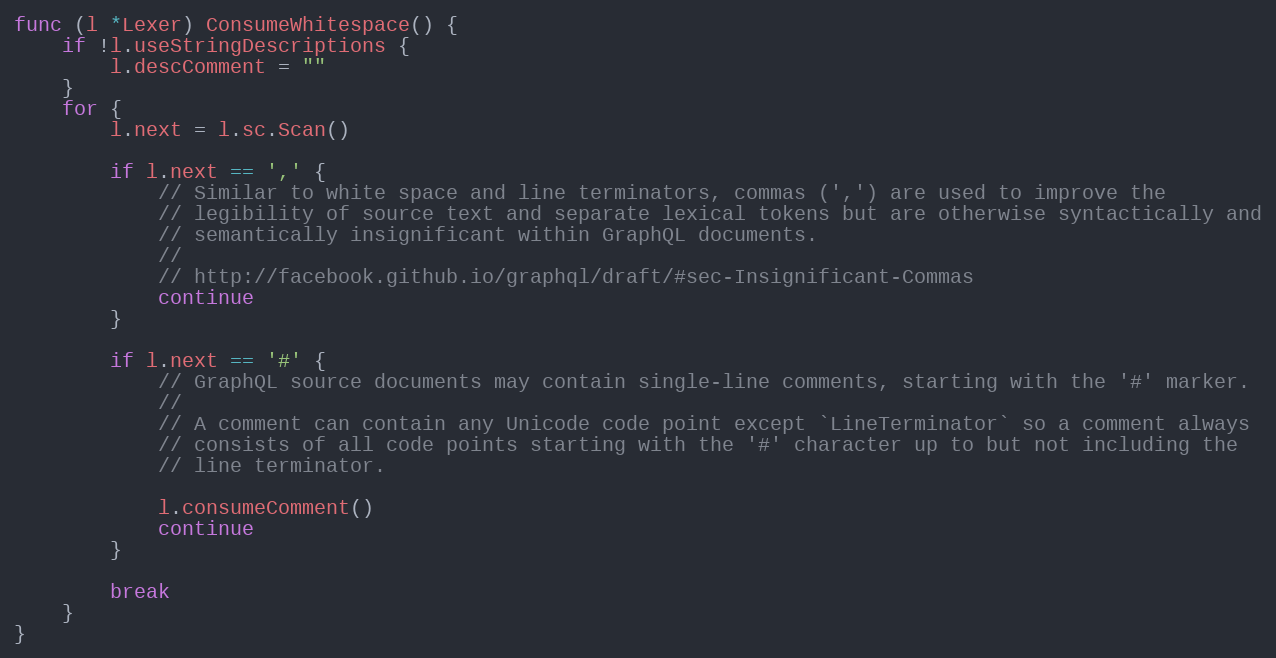
Language: Go
func (l *Lexer) ConsumeWhitespace() {
	if !l.useStringDescriptions {
		l.descComment = ""
	}
	for {
		l.next = l.sc.Scan()

		if l.next == ',' {
			// Similar to white space and line terminators, commas (',') are used to improve the
			// legibility of source text and separate lexical tokens but are otherwise syntactically and
			// semantically insignificant within GraphQL documents.
			//
			// http://facebook.github.io/graphql/draft/#sec-Insignificant-Commas
			continue
		}

		if l.next == '#' {
			// GraphQL source documents may contain single-line comments, starting with the '#' marker.
			//
			// A comment can contain any Unicode code point except `LineTerminator` so a comment always
			// consists of all code points starting with the '#' character up to but not including the
			// line terminator.

			l.consumeComment()
			continue
		}

		break
	}
}